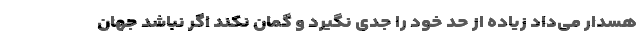
هسدار می‌داد زیاده از حد خود را جدی نگیرد و گمان نکند اگر نباشد جهان